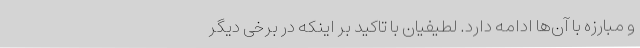
و مبارزه با آن‌ها ادامه دارد. لطیفیان با تاکید بر اینکه در برخی دیگر